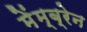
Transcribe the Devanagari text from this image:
मेंम्ब्रेन